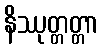
နိဿုတ္တတ္တာ